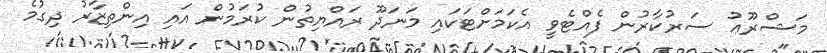
މަޝްރޫޢު ސަރުކާރުން ފެއްޓެވީ އެކަމަށްޓަކައި މަނަދޫ ރައްޔިތުން ކުރަމުން އައި އިންތިޒާރު ދިގުމެ